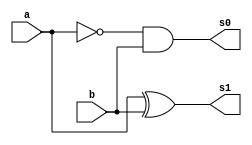
//-- Felipe Pacfico
//-- 389868
//-- guia05_02


module meiadiferenca(s0,s1, a,b);

	output s0,s1;
	input  a, b;

	and(s0, ~a,b);
	xor(s1, a,b);
	
endmodule // fim meia soma

module  diferencacompleta(Cout, Soma, a, b, Cin);

	output Cout, Soma;
	input  a, b, Cin;
	
	wire temp1, temp2, temp3;

 	meiadiferenca S1 (temp1,temp2,a, b);
 	meiadiferenca S2(temp3, Soma, temp2, Cin);
 	or(Cout, temp1, temp3);
 

endmodule // fim diferencacompleta


module DiferencaCompleta3bits(s,Cout,a,b);

	output [2:0] s;
        output Cout;
	input [3:0] a, b;
	
	wire temp1, temp2, temp3;
	
		
	meiadiferenca      S3(temp1, s[0] ,a[0], b[0]) ;
	diferencacompleta  S4(temp2, s[1], a[1], b[1], temp1);
	diferencacompleta  S5(Cout, s[2], a[2], b[2], temp2);
	
	
endmodule // fim DiferencaCompleta3bits	

module teste;

	wire [2:0] s; 
        wire Cout;
	reg  [3:0] a, b;

	DiferencaCompleta3bits SOMA (s, Cout, a, b);


	initial begin: Start

                a = 3'b000; b = 3'b000;
	end
	
	initial begin: Principal
	
		$display("\n Felipe Pacifico -- 389868 -- guia05_02");
		$display("\n DIFERENA COMPLETA COM 3 BITS");
		$display("\n A - B =  s2 s1 s0 \n");


		$monitor(" %3b - %3b = %3b", a, b, s);
		
		for(a = 0; a <= 7; a =  a + 1)
		  begin
		    
  #1      $monitor(" %3b - %3b = %3b", a, b, s);
			 for(b = 0; b <= 7; b = b + 1)
			   begin

  #1              $monitor(" %3b - %3b = %3b", a, b, s);
		      end
		  	 end
  		  end
		
	
	
	 
endmodule // fim teste